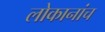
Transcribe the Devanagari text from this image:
लोकानांच